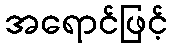
အရောင်ဖြင့်